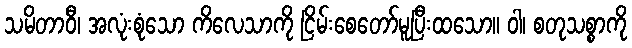
သမိတာဝီ၊ အလုံးစုံသော ကိလေသာကို ငြိမ်းစေတော်မူပြီးထသော။ ဝါ၊ စတုသစ္စာကို